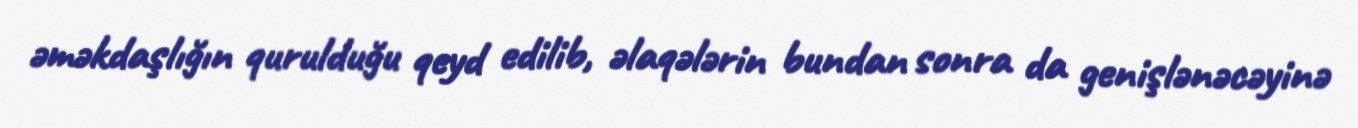
əməkdaşlığın qurulduğu qeyd edilib, əlaqələrin bundan sonra da genişlənəcəyinə